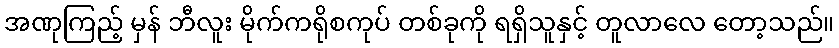
အဏုကြည့် မှန် ဘီလူး မိုက်ကရိုစကုပ် တစ်ခုကို ရရှိသူနှင့် တူလာလေ တော့သည်။